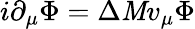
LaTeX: i\partial_{\mu}\Phi=\Delta\mathit{M}v_{\mu}\Phi